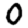
Digit: 0